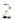
2